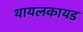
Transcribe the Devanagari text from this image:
थायलकायड